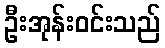
ဦးအုန်းဝင်းသည်